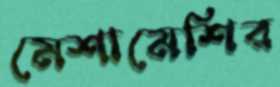
মেশামেশির